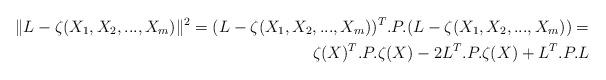
LaTeX: \begin{align*} \|L-\zeta(X_1,X_2,...,X_m) \|^2=(L-\zeta(X_1,X_2,...,X_m))^T.P.(L-\zeta(X_1,X_2,...,X_m))= \\ \zeta(X)^T.P.\zeta(X) -2L^T.P.\zeta(X)+L^T.P.L \end{align*}